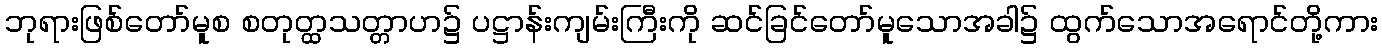
ဘုရားဖြစ်တော်မူစ စတုတ္ထသတ္တာဟ၌ ပဋ္ဌာန်းကျမ်းကြီးကို ဆင်ခြင်တော်မူသောအခါ၌ ထွက်သောအရောင်တို့ကား